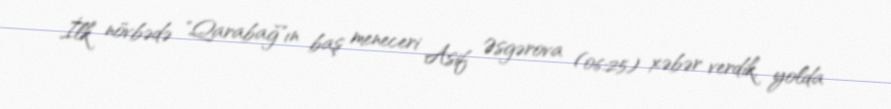
İlk növbədə "Qarabağ"ın baş meneceri Asif Əsgərova (06:25) xəbər verdik, yolda